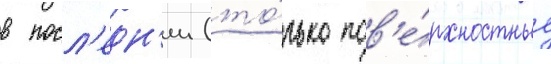
в посл'едн'ии (то́лько пов'е́рхностные